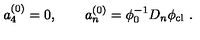
a _ { 4 } ^ { ( 0 ) } = 0 , \qquad a _ { n } ^ { ( 0 ) } = \phi _ { 0 } ^ { - 1 } D _ { n } \phi _ { \mathrm { c l } } \ .